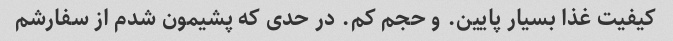
کیفیت غذا بسیار پایین. و حجم کم. در حدی که پشیمون شدم از سفارشم